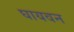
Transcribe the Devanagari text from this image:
घायवन